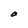
Character: O